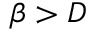
\beta > D